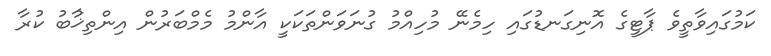
ކަމުގައިވާތީވެ ޕާޓީގެ އޮނިގަނޑުގައި ހިމެނޭ މުހިއްމު ގުނަވަންތަކަކީ އާންމު މެމްބަރުން އިންތިޚާުބު ކުރާ